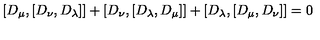
[ D _ { \mu } , [ D _ { \nu } , D _ { \lambda } ] ] + [ D _ { \nu } , [ D _ { \lambda } , D _ { \mu } ] ] + [ D _ { \lambda } , [ D _ { \mu } , D _ { \nu } ] ] = 0